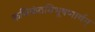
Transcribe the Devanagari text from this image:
कविकंठविभूषणार्थम्